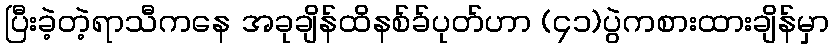
ပြီးခဲ့တဲ့ရာသီကနေ အခုချိန်ထိနစ်ခ်ပုတ်ဟာ (၄၁)ပွဲကစားထားချိန်မှာ